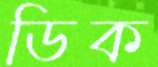
ডিক